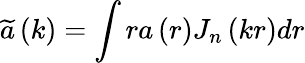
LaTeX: \widetilde{a}\left(k\right)=\int ra\left(r\right)J_{n}\left(kr\right)dr